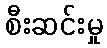
စီးဆင်းမှု